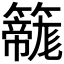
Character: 𮆲